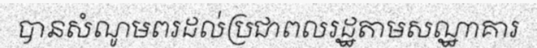
បានសំណូមពរដល់ប្រជាពលរដ្ឋតាមសណ្ឋាគារ